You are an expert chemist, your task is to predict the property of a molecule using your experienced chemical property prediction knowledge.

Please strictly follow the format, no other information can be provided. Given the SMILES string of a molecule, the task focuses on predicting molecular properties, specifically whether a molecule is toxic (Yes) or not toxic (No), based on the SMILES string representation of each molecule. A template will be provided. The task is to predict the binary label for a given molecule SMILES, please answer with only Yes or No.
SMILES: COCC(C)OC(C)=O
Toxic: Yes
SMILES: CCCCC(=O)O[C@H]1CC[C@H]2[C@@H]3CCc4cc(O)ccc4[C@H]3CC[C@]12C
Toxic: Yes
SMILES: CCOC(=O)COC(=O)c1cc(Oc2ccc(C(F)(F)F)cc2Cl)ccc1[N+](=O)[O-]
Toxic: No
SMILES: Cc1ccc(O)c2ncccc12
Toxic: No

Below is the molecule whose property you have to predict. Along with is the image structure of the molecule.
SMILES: BrC1CCC(Br)C(Br)CCC(Br)C(Br)CCC1Br
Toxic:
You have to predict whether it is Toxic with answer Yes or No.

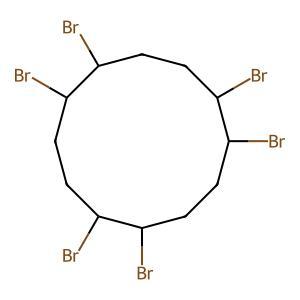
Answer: No